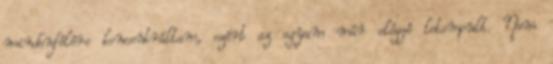
mindenfélére koncentráltam, ezért az agyam már eléggé letompult. Nem